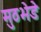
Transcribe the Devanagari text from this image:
मुठभेडे